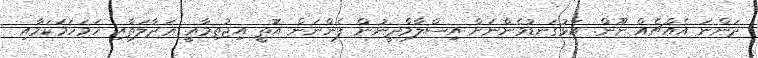
ދަންނަ އެއްޗެއް ނޫން. އަޅުގަނޑުމެންނަށް އިސްލާމްދީނުން ފެންނަން އޮތީ އިޖުތިމާޢީ ޢަދާލަތާއި ހަމަހަމަކަމާއި